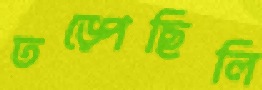
তড়্‌পেছিলি